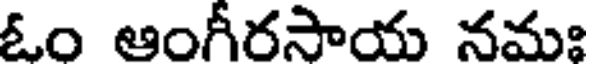
ఓం ఆంగీరసాయ నమః